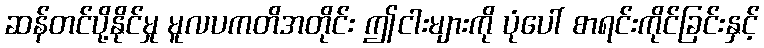
ဆန်တင်ပို့နိုင်မှု မူလပကတိအတိုင်း ဤငါးများကို ပုံပေါ် စာရင်းကိုင်ခြင်းနှင့်